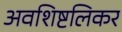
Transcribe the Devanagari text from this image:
अवशिष्टलिकर